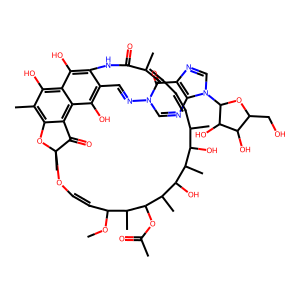
SMILES: COC1C=COC2(C)Oc3c(C)c(O)c4c(O)c(c(C=Nn5cnc6c(ncn6C6OC(CO)C(O)C6O)c5=O)c(O)c4c3C2=O)NC(=O)C(C)=CC=CC(C)C(O)C(C)C(O)C(C)C(OC(C)=O)C1C
Inhibits HIV replication: No